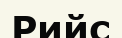
Рийс